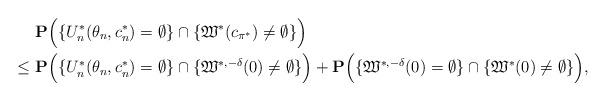
LaTeX: \begin{align*}&~\mathbf{P}\Big( \{U^*_{n}(\theta_{n},c^{*}_{n})= \emptyset \} \cap \{ \mathfrak W^*(c_{\pi^*})\neq \emptyset \} \Big) \\\le &~ \mathbf{P}\Big( \{U^*_{n}(\theta_{n},c^{*}_{n})= \emptyset \} \cap \{ \mathfrak W^{*,-\delta}(0)\neq \emptyset \} \Big) +\mathbf{P}\Big(\{\mathfrak W^{*,-\delta}(0)= \emptyset \} \cap \{ \mathfrak W^*(0)\neq \emptyset \} \Big),\end{align*}